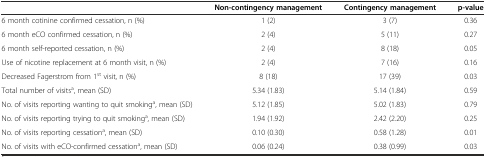
|  | Non-contingency management | Contingency management | p-value |
 | --- | --- | --- | --- |
 | 6 month cotinine confirmed cessation, n (%) | 1 (2) | 3 (7) | 0.36 |
 | 6 month eCO confirmed cessation, n (%) | 2 (4) | 5 (11) | 0.27 |
 | 6 month self-reported cessation, n (%) | 2 (4) | 8 (18) | 0.05 |
 | Use of nicotine replacement at 6 month visit, n (%) | 2 (4) | 7 (16) | 0.16 |
 | Decreased Fagerstrom from 1st visit, n (%) | 8 (18) | 17 (39) | 0.03 |
 | Total number of visitsa, mean (SD) | 5.34 (1.83) | 5.14 (1.84) | 0.59 |
 | No. of visits reporting wanting to quit smokinga, mean (SD) | 5.12 (1.85) | 5.02 (1.83) | 0.79 |
 | No. of visits reporting trying to quit smokinga, mean (SD) | 1.94 (1.92) | 2.42 (2.20) | 0.25 |
 | No. of visits reporting cessationa, mean (SD) | 0.10 (0.30) | 0.58 (1.28) | 0.01 |
 | No. of visits with eCO-confirmed cessationa, mean (SD) | 0.06 (0.24) | 0.38 (0.99) | 0.03 |